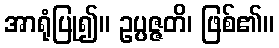
အာရုံပြု၍။ ဥပ္ပဇ္ဇတိ၊ ဖြစ်၏။